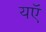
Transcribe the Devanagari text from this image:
यऍ